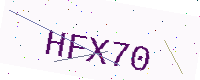
Text: HFX70